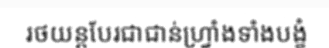
រថយន្តបែរជាជាន់ហ្វ្រាំងទាំងបង្ខំ